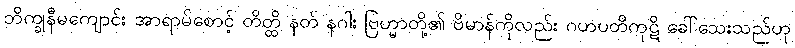
ဘိက္ခုနီမကျောင်း အာရာမ်စောင့် တိတ္ထိ နတ် နဂါး ဗြဟ္မာတို့၏ ဗိမာန်ကိုလည်း ဂဟပတိကုဋိ ခေါ်သေးသည်ဟု